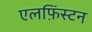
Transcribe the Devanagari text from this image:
एलफ़िंस्टन